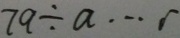
7 a \div a \cdots r